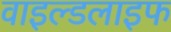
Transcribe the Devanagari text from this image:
वाइल्‍डलाइफ